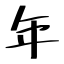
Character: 年